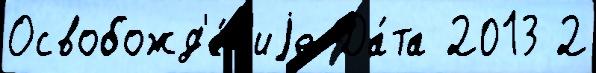
Освобожд'е́н'иjе Да́та 2013 2